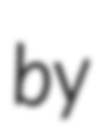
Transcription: by